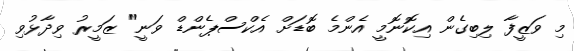
މި ވަޒީފާ ލިބިގެން އިކޮނޮމީ އެންމެ ބޮޑަށް އެކްސްޕެންޑް ވަނީ" ޒަމީރު ވިދާޅުވި